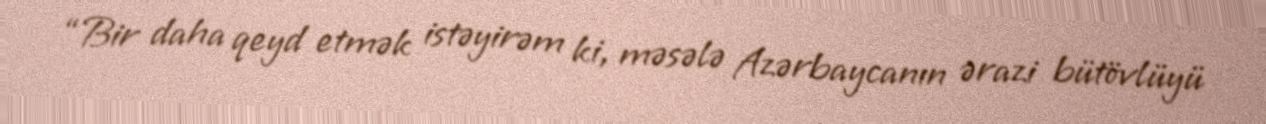
“Bir daha qeyd etmək istəyirəm ki, məsələ Azərbaycanın ərazi bütövlüyü